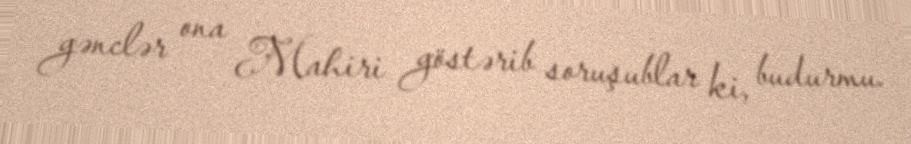
gənclər ona Mahiri göstərib soruşublar ki, budurmu.